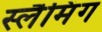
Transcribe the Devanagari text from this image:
स्लैमिंग